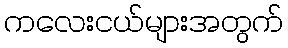
ကလေးငယ်များအတွက်